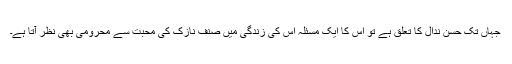
جہاں تک حسن ندال کا تعلّق ہے تو اس کا ایک مسئلہ اس کی زندگی میں صنف نازک کی محبت سے محرومی بھی نظر آتا ہے۔